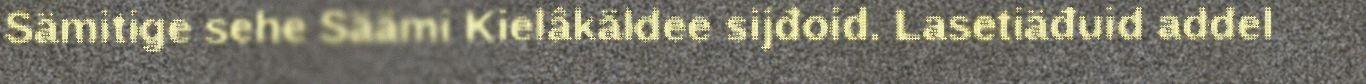
Sämitige sehe Säämi Kielâkäldee sijđoid. Lasetiäđuid addel